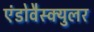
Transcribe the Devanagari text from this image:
एंडोवैस्क्युलर